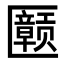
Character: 𪟲